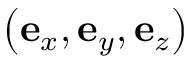
\left( \mathbf { e } _ { x } , \mathbf { e } _ { y } , \mathbf { e } _ { z } \right)